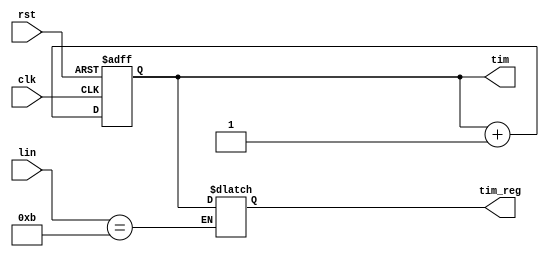
//                //////////////////////////////////////////////////
module timer(
    input clk,
    input rst,
    input [31:0] lin,
    output [31:0] tim_reg,
    output [31:0] tim
    );
    
    reg[31:0] t;
    assign tim=t;//
    reg[31:0] tim_stop=0;

    always@(posedge clk,posedge rst)
        begin
            if(rst)
                t<=0;
            else
                t<=t+1;
        end
    //
    assign tim_reg=tim_stop;//

    always @(t,lin)
        begin
            if(lin==11)
                tim_stop<=t;//lin==12?
        end
endmodule